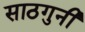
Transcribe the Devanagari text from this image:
साठगुनी